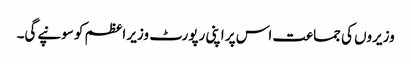
وزیروں کی جماعت اس پر اپنی رپورٹ وزیر اعظم کو سونپے‌گی۔